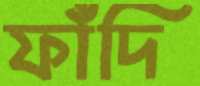
ফাঁদি